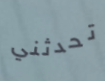
تحدثني